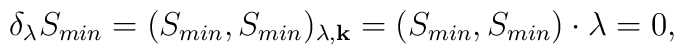
\delta_{\lambda} S_{min}     = (S_{min},S_{min})_{\lambda,{\bf k}}    = ( S_{min} , S_{min} ) \cdot \lambda = 0,